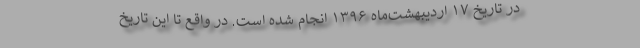
در تاریخ ۱۷ اردیبهشت‌ماه ۱۳۹۶ انجام شده است. در واقع تا این تاریخ